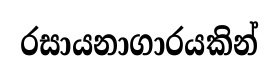
රසායනාගාරයකින්